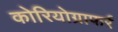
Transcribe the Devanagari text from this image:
कोरियोग्राफर्र